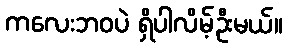
ကလေးဘဝပဲ ရှိပါလိမ့်ဦးမယ်။